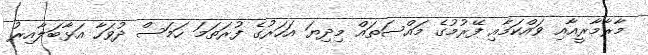
މާރާމާރީއާއި ވައްކަމާއި ފޭރުމުގެ މައްސަތައް މިދިޔަ އަހަރުގެ ފުރަތަމަ ހަމަސް ދުވަހާ އަޅާބަލާއިރު